Plague in India, 1896, 1897 - Volume 1
Year: 1896
Disease focus: Plague
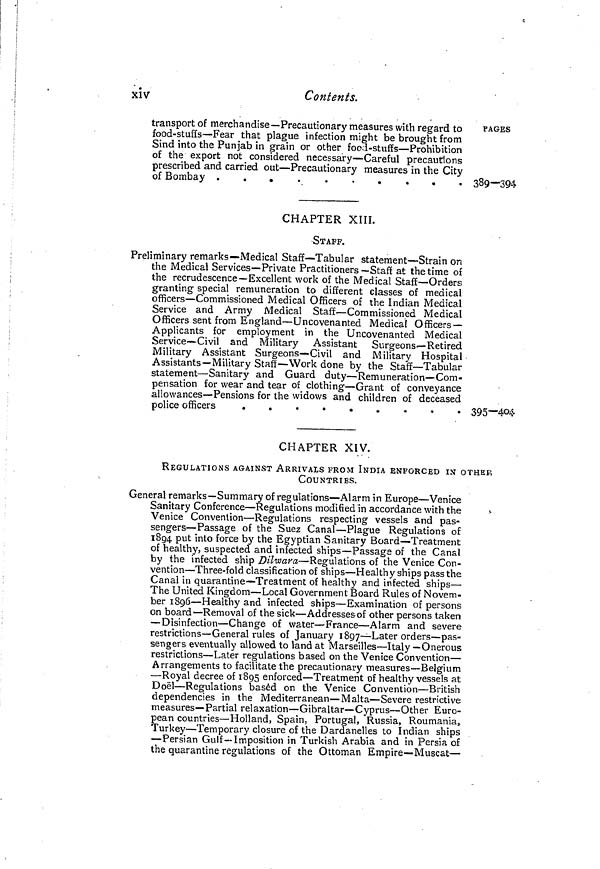
xi v
Contents.
transport of merchandise—Precautionary measures with regard to
food-stuffs—Fear that plague infection might be brought from
Sind into the Punjab in grain or other food-stuffs—Prohibition
of the export not considered necessary—Careful precautions
prescribed and carried out—Precautionary measures in the City
of Bombay .
.
.
.
.
.
.
.
.
.
PAGES
389—394
CHAPTER XIII.
•STAFF.
Preliminary remarks—Medical Staff—Tabular statement—Strain on
the Medical Services—Private Practitioners—Staff at the time of
the recrudescence—Excellent work of the Medical Staff—Orders
granting special remuneration to different classes of medical
officers—Commissioned Medical Officers of the Indian Medical
Service and Army Medical Staff—Commissioned Medical
Officers sent from England—Uncovenanted Medical Officers-
Applicants for employment in the Uncovenanted Medical
Service—Civil and Military Assistant Surgeons-—Retired
Military Assistant Surgeons—Civil and Military Hospital
Assistants—Military Staff—Work done by the Staff—Tabular
statement—Sanitary and Guard duty—Remuneration—Com-
pensation for wear and tear of clothing—Grant of conveyance
allowances—Pensions for the widows and children of deceased
police officers
395—404
CHAPTER XIV.
REGULATIONS AGAINST ARRIVALS FROM INDIA ENFORCED IN OTHER
COUNTRIES.
General remarks—Summary of regulations—Alarm in Europe—Venice
Sanitary Conference—Regulations modified in accordance with the
Venice Convention—Regulations respecting vessels and pas-
sengers—Passage of the Suez Canal—Plague Regulations of
1894 put into force by the Egyptian Sanitary Board—Treatment
of healthy, suspected and infected ships—Passage of the Canal
by the infected ship Dilwara—Regulations of the Venice Con-
vention—Three-fold classification of ships—Healthy ships pass the
Canal in quarantine—Treatment of healthy and infected ships—
The United Kingdom—Local Government Board Rules of Novem-
ber 1896—Healthy and infected ships—Examination of persons
on board—Removal of the sick—Addresses of other persons
restrictions—General rules of January 1897—Later orders—pas-
sengers eventually allowed to land at Marseilles—Italy—Onerous
restrictions—Later regulations based on the Venice Convention—
Arrangements to facilitate the precautionary measures—Belgium
—Royal decree of 1895 enforced—Treatment of healthy vessels at
Doël—Regulations based on the Venice Convention—British
dependencies in the Mediterranean—Malta—Severe restrictive
measures—Partial relaxation—Gibraltar—Cyprus—Other Euro-
pean countries—Holland, Spain, Portugal, Russia, Roumania,
Turkey—Temporary closure of the Dardanelles to Indian ships
—Persian Gulf—Imposition in Turkish Arabia and in Persia of
the quarantine regulations of the Ottoman Empire—Muscat—